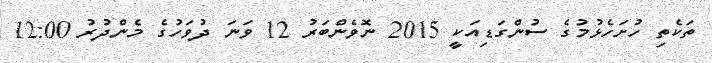
ތަކެތި ހުށަހެޅުމުގެ ސުންގަޑިއަކީ 2015 ނޮވެންބަރު 12 ވަނަ ދުވަހުގެ މެންދުރު 12:00